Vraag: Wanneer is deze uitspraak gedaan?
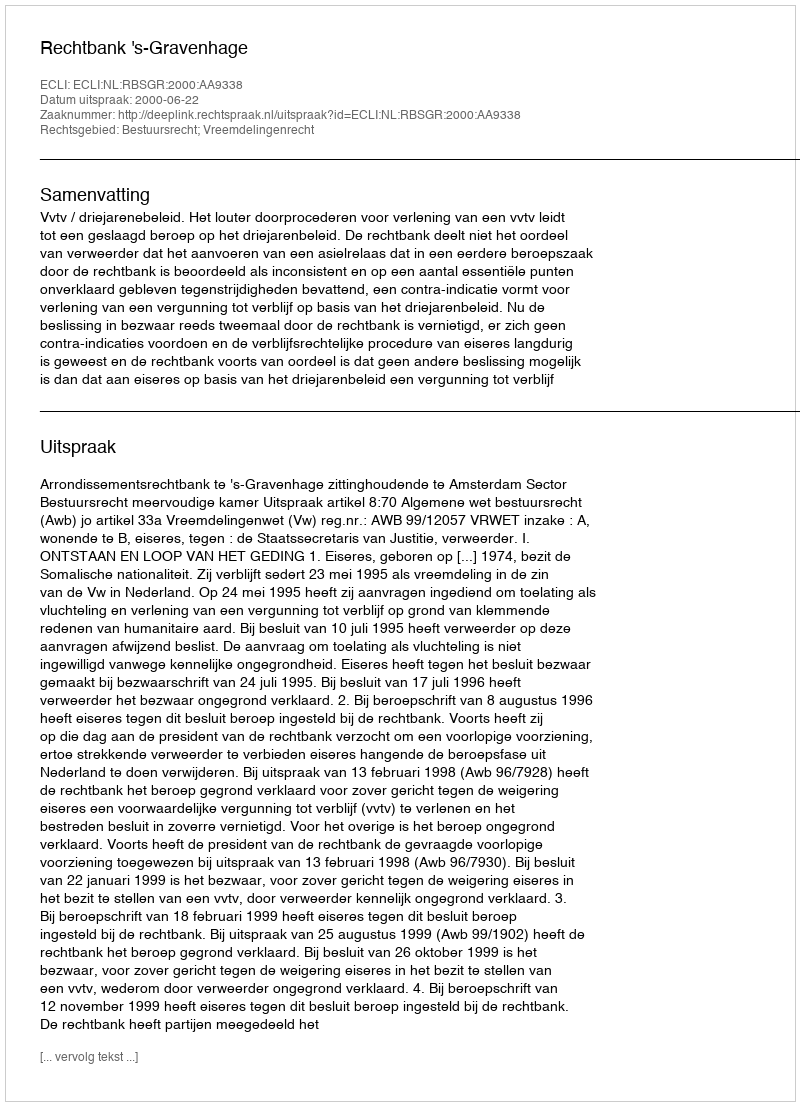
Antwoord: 2000-06-22